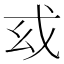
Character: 𢦙